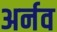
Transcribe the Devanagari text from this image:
अर्नव